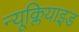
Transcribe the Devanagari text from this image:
न्यूक्लियाइड